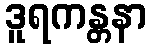
ဒူရကန္တနာ